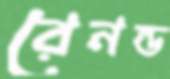
রেনল্ড